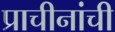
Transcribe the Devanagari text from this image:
प्राचीनांची